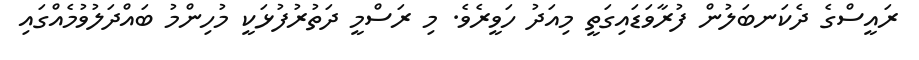
ރައީސްގެ ދެކަނބަލުން ފުރާވަޑައިގަތީ މިއަދު ހަވީރެވެ. މި ރަސްމީ ދަތުރުފުޅަކީ މުހިންމު ބައްދަލުވުމެއްގައި